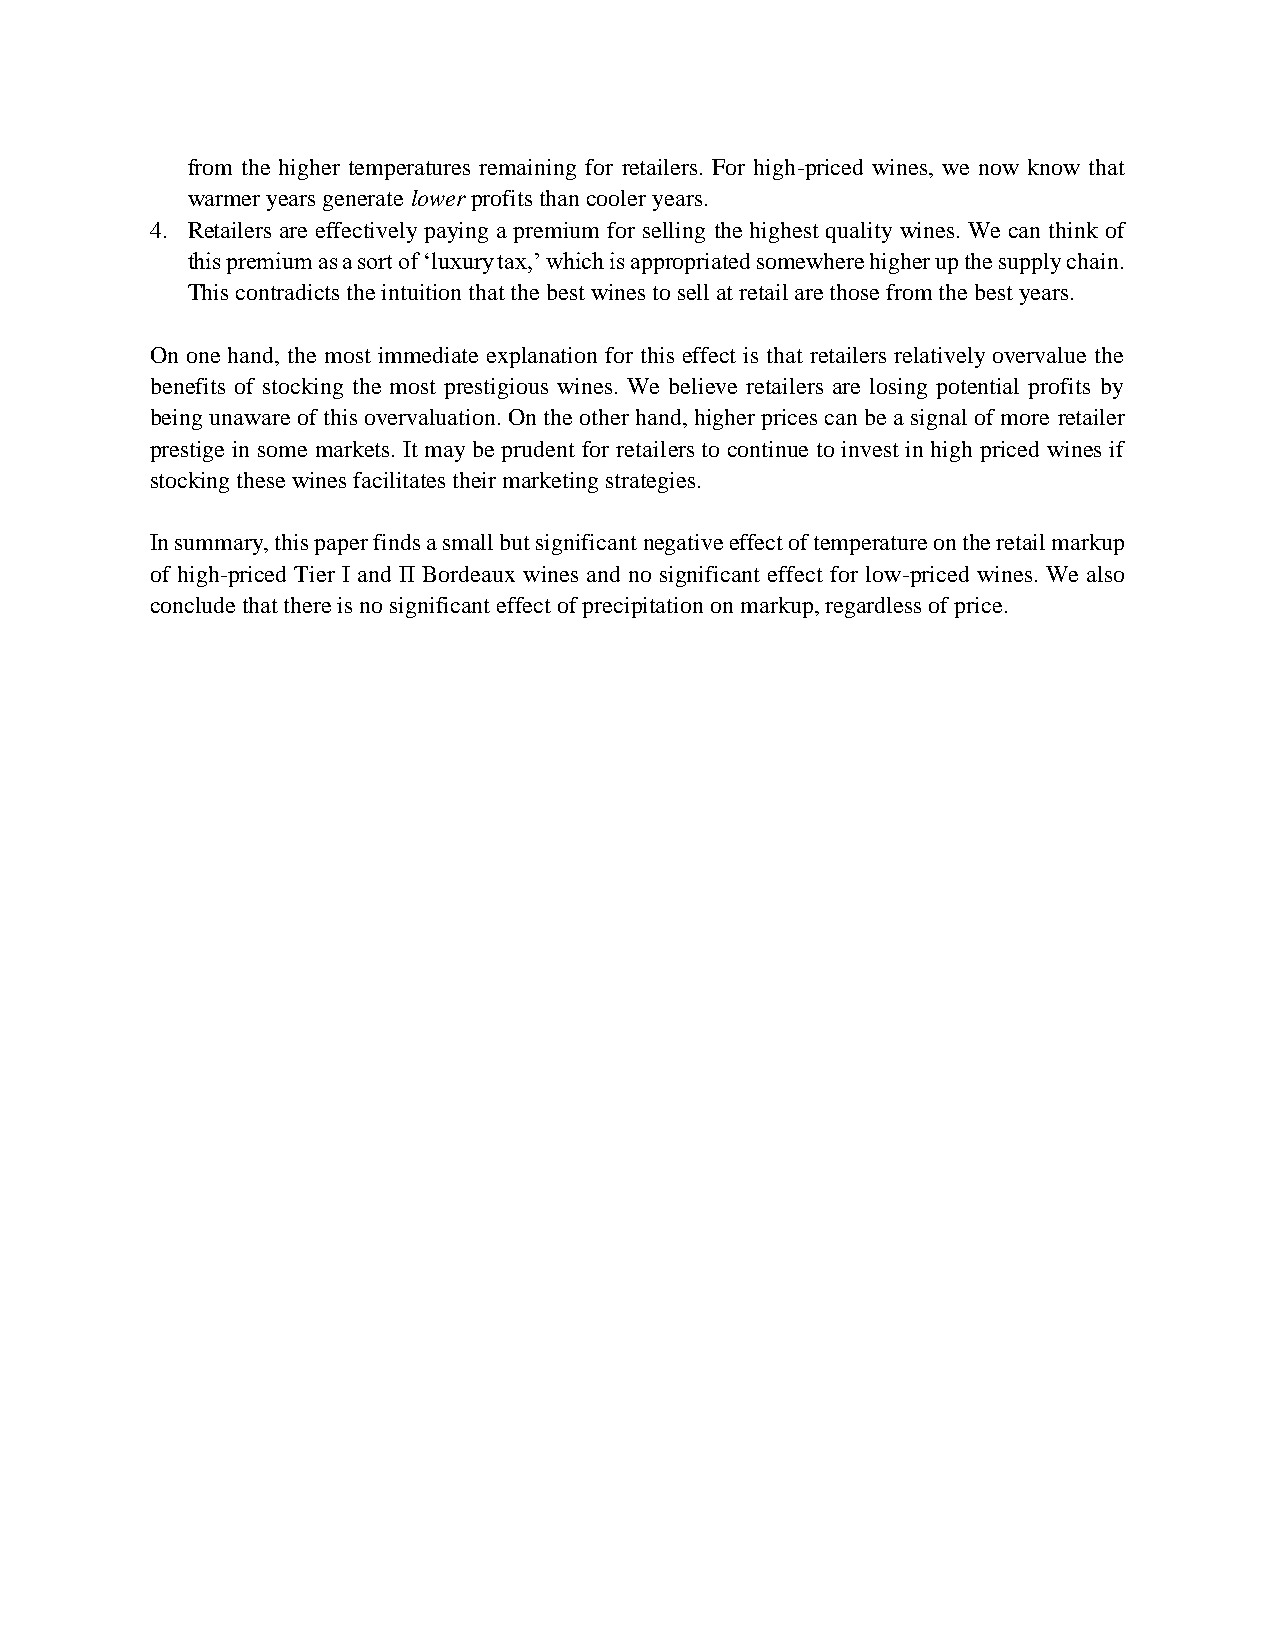
from the higher temperatures remaining for retailers. For high-priced wines, we now know that
 warmer years generate lower profits than cooler years.
 4. Retailers are effectively paying a premium for selling the highest quality wines. We can think of
 this premium as a sort of ‘luxury tax,’ which is appropriated somewhere higher up the supply chain.
 This contradicts the intuition that the best wines to sell at retail are those from the best years.
 On one hand, the most immediate explanation for this effect is that retailers relatively overvalue the
 benefits of stocking the most prestigious wines. We believe retailers are losing potential profits by
 being unaware of this overvaluation. On the other hand, higher prices can be a signal of more retailer
 prestige in some markets. It may be prudent for retailers to continue to invest in high priced wines if
 stocking these wines facilitates their marketing strategies.
 In summary, this paper finds a small but significant negative effect of temperature on the retail markup
 of high-priced Tier I and II Bordeaux wines and no significant effect for low-priced wines. We also
 conclude that there is no significant effect of precipitation on markup, regardless of price.